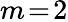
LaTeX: m\! =\! 2